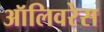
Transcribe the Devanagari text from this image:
ऑलिवरेस